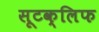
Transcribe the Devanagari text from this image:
सूटक्लिफ